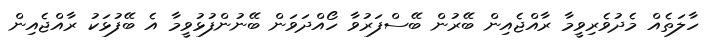
ހާލަތެއް މެދުވެރިވީމާ ރާއްޖެއިން ބޭރުން ބޭސްފަރުވާ ހޯއްދަވަން ބޭނުންފުޅުވީމާ އެ ބޭފުޅަކު ރާއްޖެއިން